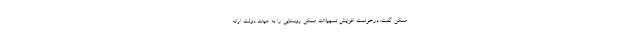
مسکن گفت: درخواست افزایش تسهیلات مسکن روستایی را به هیات دولت ارائه